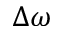
\Delta \omega